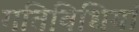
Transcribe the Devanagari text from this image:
गतिविधियां